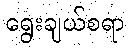
ရွေးချယ်စရာ